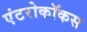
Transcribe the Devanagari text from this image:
एंटरोकॉकस